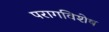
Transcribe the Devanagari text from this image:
परागविशेष